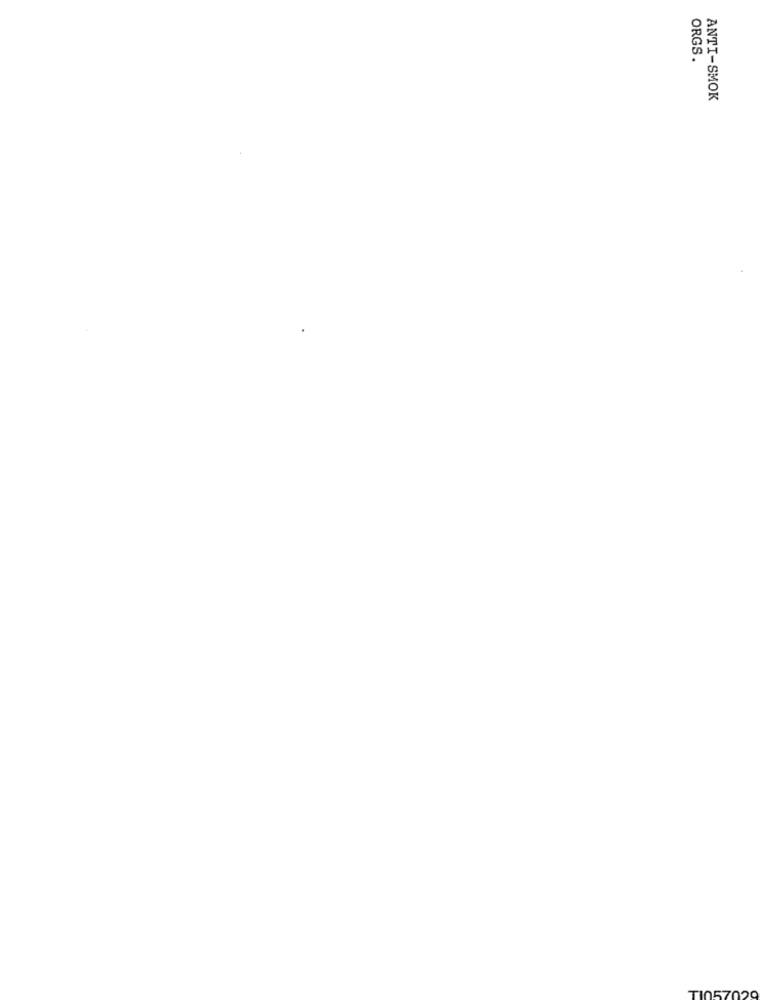
ORGS.
ANTI-SMOK
TI0570